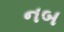
નબ